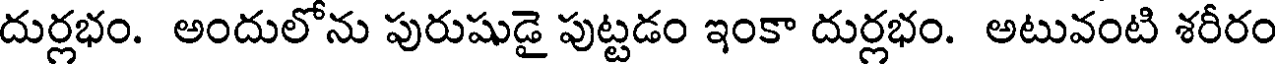
దుర్లభం. అందులోను పురుషుడై పుట్టడం ఇంకా దుర్లభం. అటువంటి శరీరం